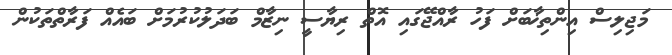
މަޖިލިސް އިންތިޚާބަށް ފަހު ރާއްޖޭގައި އޮތް ރިޔާސީ ނިޒާމް ބަދަލުކުރުމަށް ބައެއް ފަރާތްތަކުން